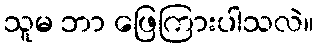
သူမ ဘာ ဖြေကြားပါသလဲ။